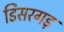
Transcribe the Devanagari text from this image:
डिसरगड़